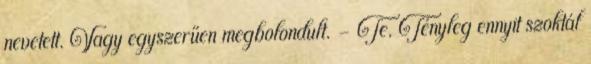
nevetett. Vagy egyszerűen megbolondult. - Te. Tényleg ennyit szoktál